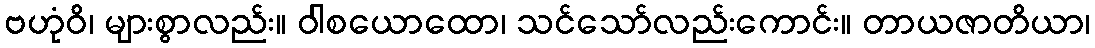
ဗဟုံဝိ၊ များစွာလည်း။ ဝါစယောထော၊ သင်သော်လည်းကောင်း။ တာယဇာတိယာ၊